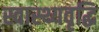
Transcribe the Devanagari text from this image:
स्वास्थ्यवृद्धि